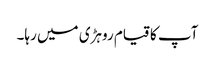
آپ کا قیام روہڑی میں رہا۔